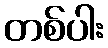
တစ်ပါး